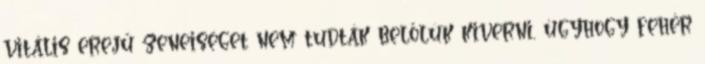
vitális erejű zeneiséget nem tudták belőlük kiverni, úgyhogy fehér